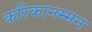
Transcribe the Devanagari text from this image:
करिकानम्मन